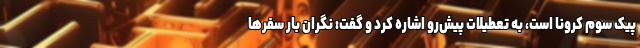
پیک سوم کرونا است، به تعطیلات پیش‌رو اشاره کرد و گفت: نگران بار سفرها